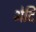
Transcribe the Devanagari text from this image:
भेदि